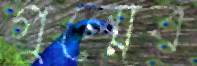
গুল্মের